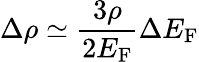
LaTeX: \Delta\rho\simeq{\frac{3\rho}{2E_{\mathrm{F}}}}\Delta E_{\mathrm{F}}